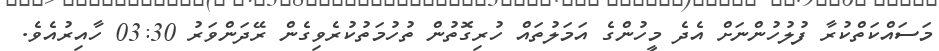
މަސައްކަތްކުރާ ފުލުހުންނަށް އެދެ މީހުންގެ އަމަލުތައް ހުރިގޮތުން ތުހުމަތުކުރެވިގެން ރޭދަންވަރު 03:30 ހާއިރުއެވެ.